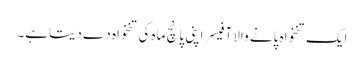
ایک تنخواہ پانے والا آفیسر اپنی پانچ ماہ کی تنخواہ دے دیتاہے۔